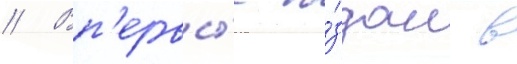
// Вп'ервы́е и́здан в